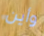
وأين